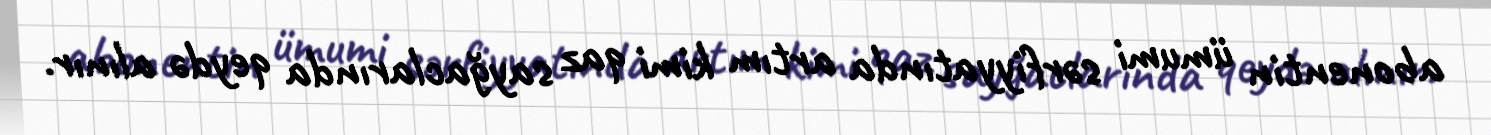
abonentin ümumi sərfiyyatında artım kimi qaz sayğaclarında qeydə alınır.